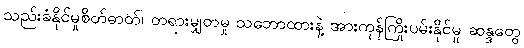
သည်းခံနိုင်မှုစိတ်ဓာတ်၊ တရားမျှတမှု သဘောထားနဲ့ အားကုန်ကြိုးပမ်းနိုင်မှု ဆန္ဒတွေ